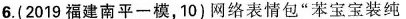
6.(2019福建南平一模，10)网络表情包”苯宝宝装纯